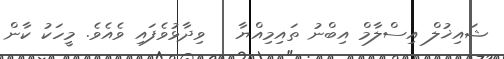
ޝައިޚުލް އިސްލާމް އިބްނު ތައިމިއްޔާ   ވިދާޅުވެފައި ވެއެވެ. މީހަކު ކާން